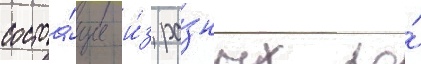
состоа́щие и́з ра́зных по́